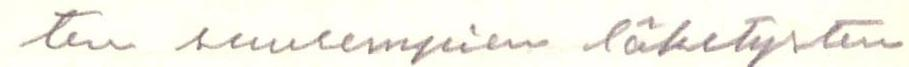
ten suurempien lähetysten